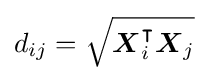
d_{ij}={\sqrt {{\boldsymbol {X}}_{i}^{\intercal }{\boldsymbol {X}}_{j}}}